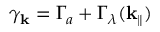
\gamma _ { \textbf k } = \Gamma _ { a } + \Gamma _ { \lambda } ( { \textbf k } _ { \| } )